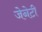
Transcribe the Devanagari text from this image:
जेनेटी